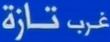
غرب تازة